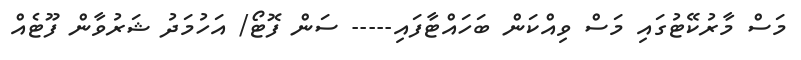
މަސް މާރުކޭޓުގައި މަސް ވިއްކަން ބަހައްޓާފައި----- ސަން ފޮޓޯ/ އަހުމަދު ޝަރުވާން ފޫޓެއް